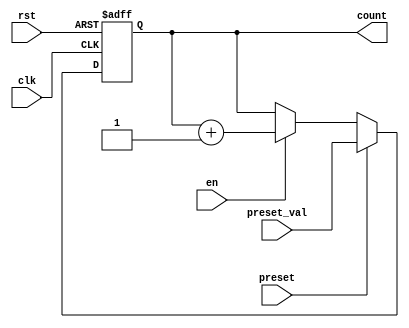
module presettable_counter (
    input wire clk,              // Clock signal
    input wire rst,              // Asynchronous reset signal
    input wire preset,           // Preset control signal
    input wire [7:0] preset_val, // Value to load into the counter on preset
    input wire en,              // Enable signal for counting
    output reg [7:0] count      // Current counter value
);

    // Always block triggered on the rising edge of the clock
    always @(posedge clk or posedge rst) begin
        if (rst) begin
            // Reset the counter to 0 on reset
            count <= 8'b00000000; 
        end else if (preset) begin
            // Load the preset value into the counter
            count <= preset_val;
        end else if (en) begin
            // Increment the counter if enabled
            count <= count + 1'b1;
        end
        // Otherwise, hold the current value (no else branch needed)
    end

endmodule